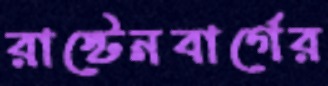
রাস্টেনবার্গের